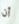
أن